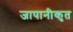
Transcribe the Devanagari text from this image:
जापानीकृत